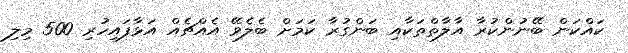
ކައްކަން ބޭނުންކުރާ އާލާތްތަކާއި ބަންގުރާ ކަމަށް ބެލެވޭ އެއްޗެއް އަޅާފައިހުރި 500 މިލި